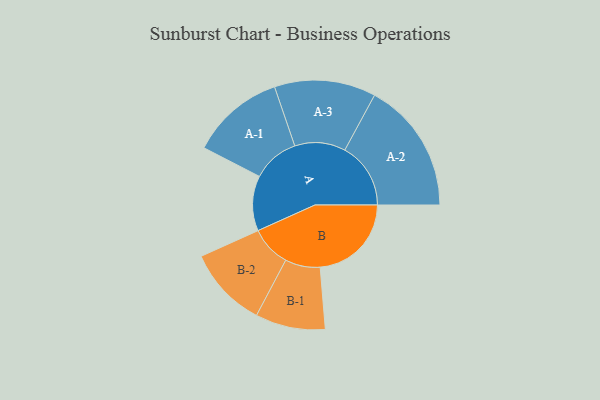
{"axis": {"x": "Segment", "y": "Value"}, "legend": ["", "A", "B"], "data": [{"x": "A", "y": 189, "type": ""}, {"x": "B", "y": 313, "type": ""}, {"x": "A-1", "y": 161, "type": "A"}, {"x": "A-2", "y": 226, "type": "A"}, {"x": "A-3", "y": 174, "type": "A"}, {"x": "B-1", "y": 120, "type": "B"}, {"x": "B-2", "y": 139, "type": "B"}]}